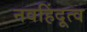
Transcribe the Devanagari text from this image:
नवहिंदूत्व